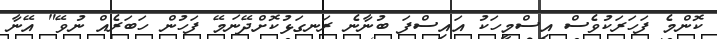
ކޮންމެ ފަހަރަކުވެސް އިސްމީހަކު އައިސްފަ ބުނާނެ ރަނގަޅުކޮށްދޭނަމޭ ފަހުން ހަބަރެއް ނުވޭ" އޭނާ